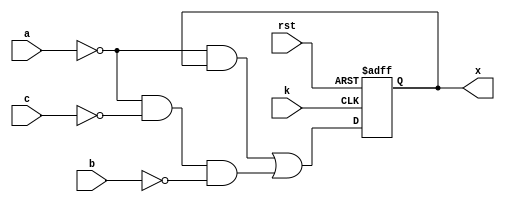
module clb_be(
	input a,
	input b,
	input c,
	input k,
	input rst,
	output x
);

	wire f;
	reg q;
	
	assign f = ~a & q | ~a & ~c & ~b;
	
	always @(posedge k, negedge rst) begin
		if (rst == 1'b0) begin
			q <= 1'b0;
		end else begin
			q <= f;
		end
	end
	
	assign x = q;
	
endmodule